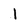
Character: l